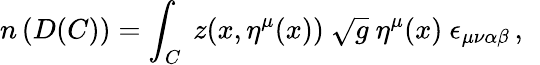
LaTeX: n\left(D(C)\right)=\int_{C}\ z(x,\eta^{\mu}(x))\ \sqrt{g}\ \eta^{\mu}(x)\ \epsilon_{\mu\nu\alpha\beta}\, ,\ \,